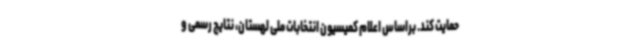
حمایت کند. براساس اعلام کمیسیون انتخابات ملی لهستان، نتایج رسمی و